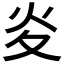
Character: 𭴅